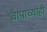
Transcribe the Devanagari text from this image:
बापाच्याही